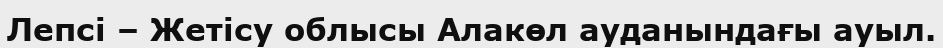
Лепсі – Жетісу облысы Алакөл ауданындағы ауыл.